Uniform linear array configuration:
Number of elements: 48
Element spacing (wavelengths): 1
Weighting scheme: blackman
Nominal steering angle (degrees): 45
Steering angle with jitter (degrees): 46.571
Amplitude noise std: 0.05
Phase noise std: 0.05

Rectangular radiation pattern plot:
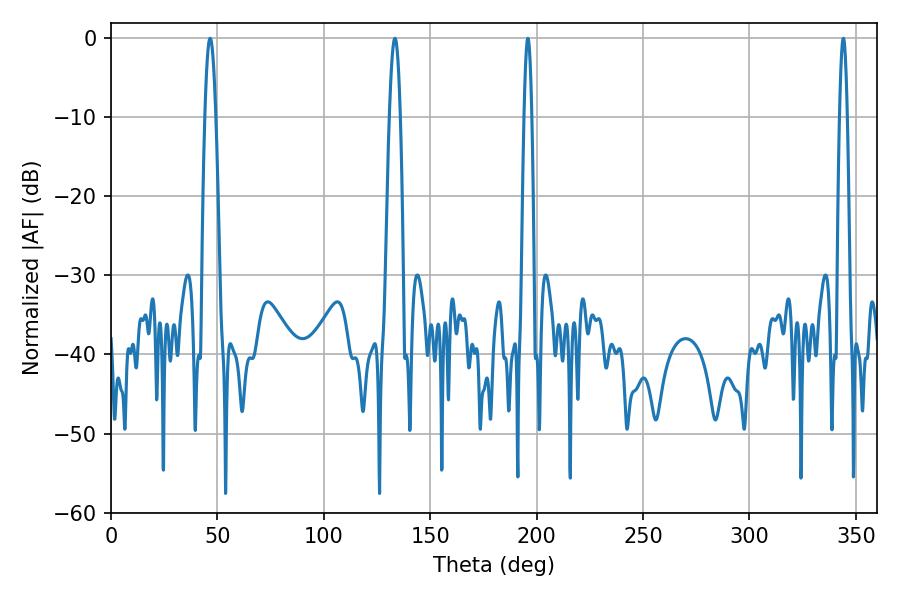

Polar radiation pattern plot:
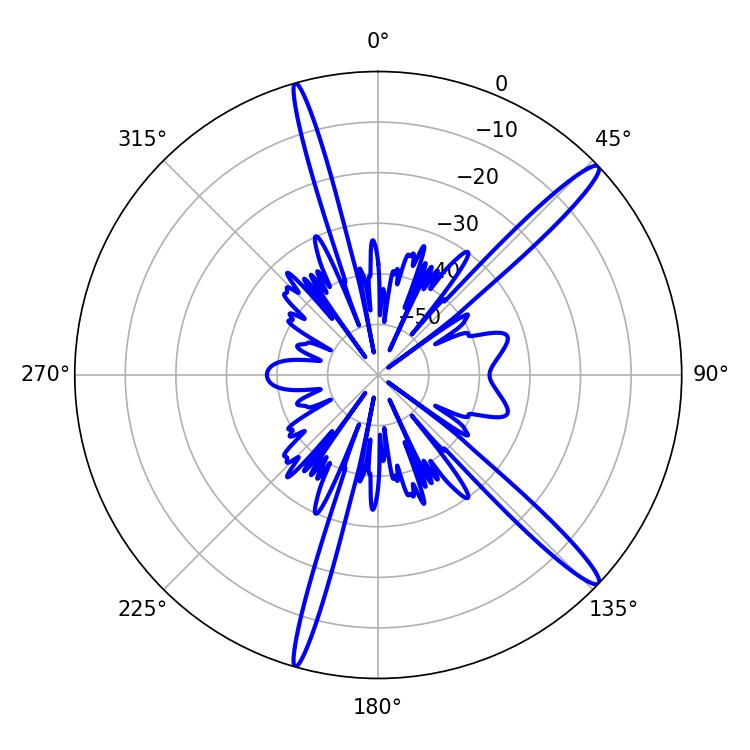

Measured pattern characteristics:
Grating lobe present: TRUE
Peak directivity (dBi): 15.426
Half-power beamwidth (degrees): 2.88
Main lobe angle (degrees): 46.62